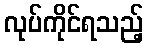
လုပ်ကိုင်ရသည့်